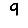
Digit: 9